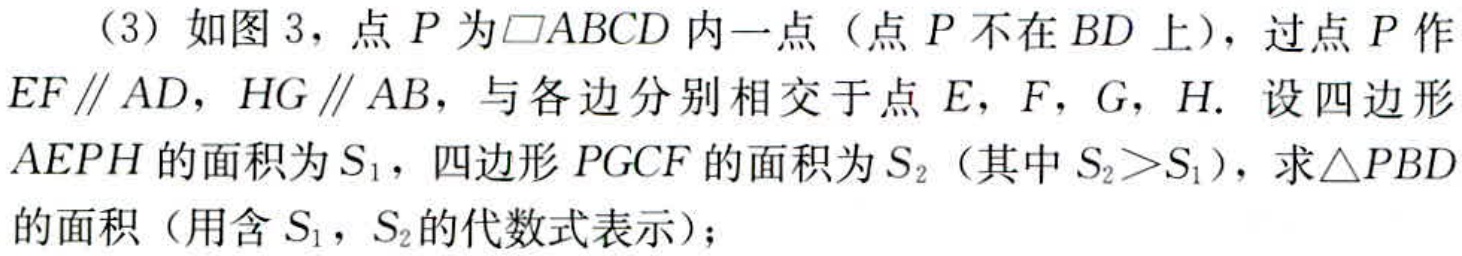
（3）如图3，点\(P\)为\(\square ABCD\)内一点（点\(P\)不在\(BD\)上），过点\(P\)作\(EF\parallel AD\)，\(HG\parallel AB\)，与各边分别相交于点\(E,F,G,H\). 设四边形\(AEPH\)的面积为\(S_{1}\)，四边形\(PGCF\)的面积为\(S_{2}\)（其中\(S_{2}>S_{1}\)），求\(\triangle PBD\)的面积（用含\(S_{1},S_{2}\)的代数式表示）；